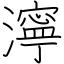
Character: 濘